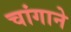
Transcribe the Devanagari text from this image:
चांगाने